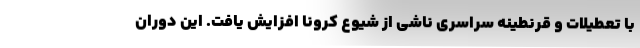
با تعطیلات و قرنطینه سراسری ناشی از شیوع کرونا افزایش یافت. این دوران